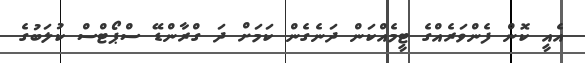
އެއީ ކޮން ފެންވަރެއްގެ ޓީމެއްކަން ދަނެގެން ކަމަށް ދަ ގްރާންޑޭ ސްޕޯޓްސް ކުލަބުގެ